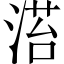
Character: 𣹓